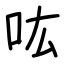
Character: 吰